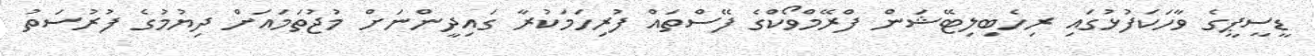
ޑީސީޕީގެ ވާހަކަފުޅުގައި ރިހެބިލިޓޭޝަން ފްރޭމްވޯކްގެ ފޭސްތައް ފުރިހަމަކުރާ ގައިދީންނަށް މުޖުތަމައަށް ދިޔުމުގެ ފުރުސަތު